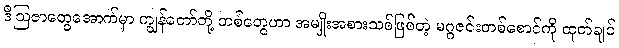
ဒီဩဇာတွေအောက်မှာ ကျွန်တော်တို့ တစ်တွေဟာ အမျိုးအစားသစ်ဖြစ်တဲ့ မဂ္ဂဇင်းတစ်စောင်ကို ထုတ်ချင်